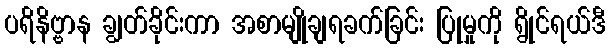
ပရိနိဗ္ဗာန ချွတ်ခိုင်းကာ အစာမျိုချရခက်ခြင်း ပြုမှုကို ရွိုင်ရယ်ဒီ